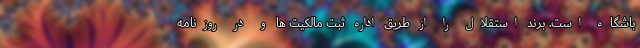
باشگاه است. برند استقلال را از طریق اداره ثبت مالکیت ها و در روزنامه